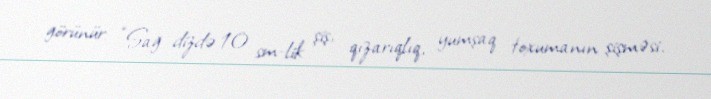
görünür: “Sağ dizdə 10 sm-lik şiş, qızarıqlıq, yumşaq toxumanın şişməsi.